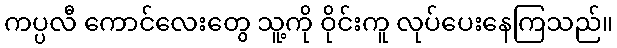
ကပ္ပလီ ကောင်လေးတွေ သူ့ကို ဝိုင်းကူ လုပ်ပေးနေကြသည်။